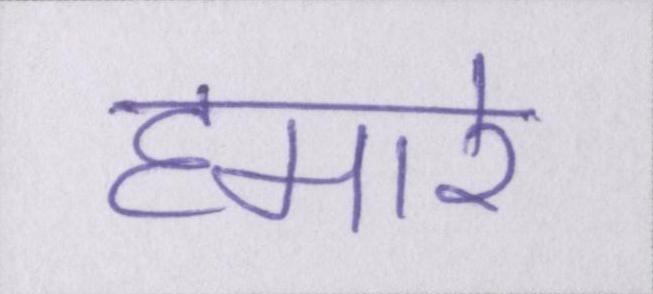
हमारे